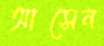
আসেন